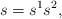
LaTeX: \begin{align*}s=s^1s^2,\end{align*}